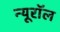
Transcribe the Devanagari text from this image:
न्यूरॉल